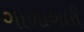
ગોળાબારી